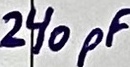
Text: 240pF